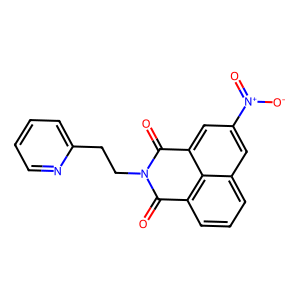
SMILES: O=C1c2cccc3cc([N+](=O)[O-])cc(c23)C(=O)N1CCc1ccccn1
Inhibits HIV replication: No